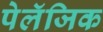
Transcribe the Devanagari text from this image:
पेलॅजिक